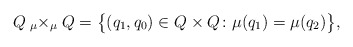
\begin{gather*} Q \mathbin{ _\mu \times _\mu } Q = \bigl\{ ( q _1, q _0 ) \in Q \times Q\colon \mu ( q _1 ) = \mu ( q _2 ) \bigr\}, \end{gather*}